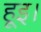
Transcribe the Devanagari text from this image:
हूइ।